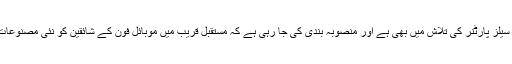
انتظامیہ بین الاقوامی منڈی میں سیلز پارٹنر کی تلاش میں بھی ہے اور منصوبہ بندی کی جا رہی ہے کہ مستقبل قریب میں موبائل فون کے شائقین کو نئی مصنوعات کی جانب راغب کیا جا سکے۔